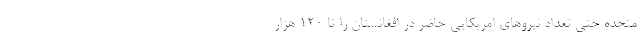
متحده حتي تعداد نيروهاي امريكايي حاضر در افغانستان را تا 120 هزار